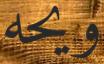
ويحه